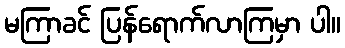
မကြာခင် ပြန်ရောက်လာကြမှာ ပါ။